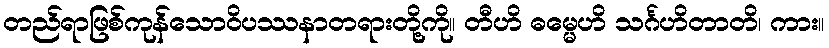
တည်ရာဖြစ်ကုန်သောဝိပဿနာတရားတို့ကို။ တီဟိ ဓမ္မေဟိ သင်္ဂဟိတာတိ၊ ကား။